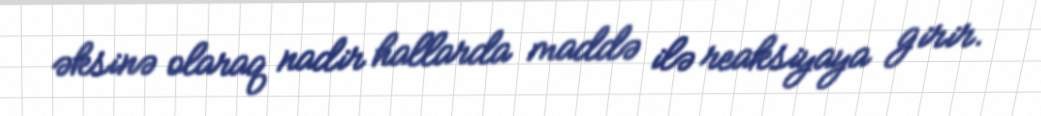
əksinə olaraq nadir hallarda maddə ilə reaksiyaya girir.